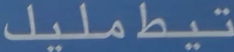
تيطمليل